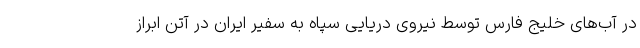
در آب‌های خلیج فارس توسط نیروی دریایی سپاه به سفیر ایران در آتن ابراز